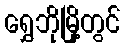
ရွှေဘိုမြို့တွင်